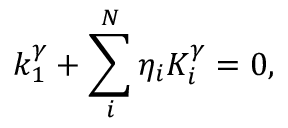
k _ { 1 } ^ { \gamma } + \sum _ { i } ^ { N } \eta _ { i } K _ { i } ^ { \gamma } = 0 ,